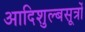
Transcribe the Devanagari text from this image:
आदिशुल्बसूत्रों